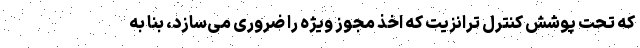
که تحت پوشش کنترل ترانزیت که اخذ مجوز ویژه را ضروری می‌سازد، بنا به